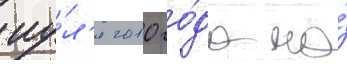
иу́л'я 2010 го́да на́